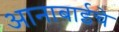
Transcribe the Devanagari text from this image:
आनाबाईचे